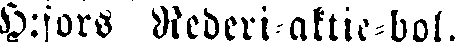
H:fors Rederi-aktie-bol.